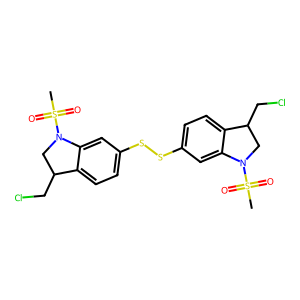
SMILES: CS(=O)(=O)N1CC(CCl)c2ccc(SSc3ccc4c(c3)N(S(C)(=O)=O)CC4CCl)cc21
Inhibits HIV replication: No